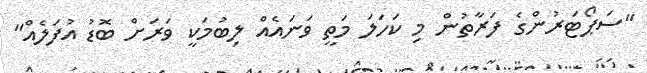
"ސަޕޯޓަރުންގެ ފަރާތުން މި ކަހަލަ މަތީ ވަނައެއް ލިބުމަކީ ވަރަށް ބޮޑު އުފަލެއް"